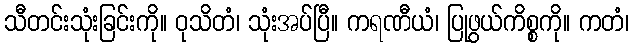
သီတင်းသုံးခြင်းကို။ ဝုသိတံ၊ သုံးအပ်ပြီ။ ကရဏီယံ၊ ပြုဖွယ်ကိစ္စကို။ ကတံ၊